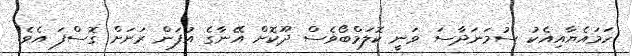
ހަމައެޔާއިއެކު ސުމަނަދާސަ ވަނީ ކޮލަމްބޯވެސް ދޫކޮށް އޭނާގެ އުފަން ރަށަށް ގޮސްފަ އެވެ.